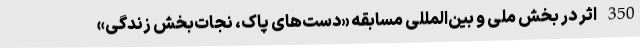
350 اثر در بخش ملی و بین‌المللی مسابقه «دست‌های پاک، نجات‌بخش زندگی»